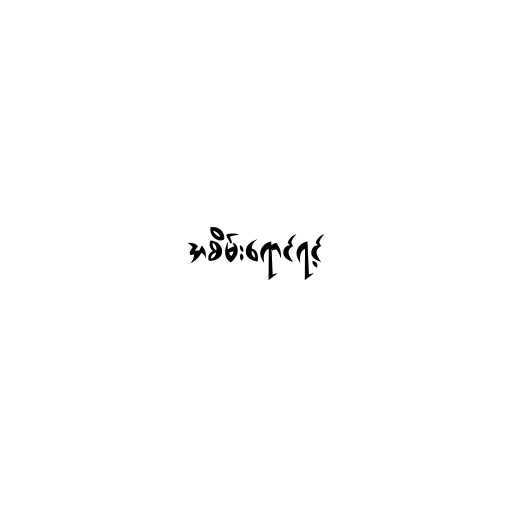
အစိမ်းရောင်ရင့်